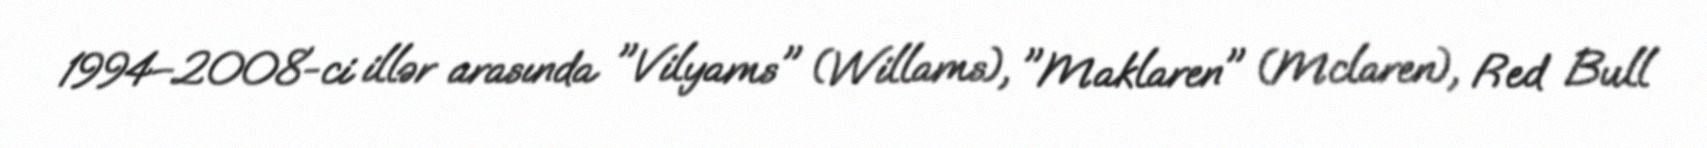
1994–2008-ci illər arasında "Vilyams" (Willams), "Maklaren" (Mclaren), Red Bull